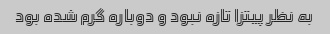
به نظر پیتزا تازه نبود و دوباره گرم شده بود